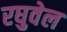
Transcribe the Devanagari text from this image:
रघुवेल